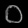
Digit: ၀